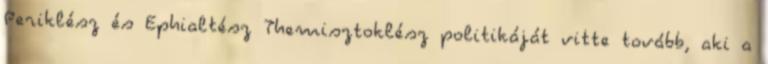
Periklész és Ephialtész Themisztoklész politikáját vitte tovább, aki a